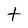
Character: t